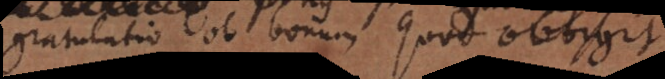
gratulatio ob bonum quod obtigit.